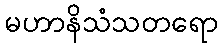
မဟာနိသံသတရော